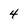
Character: 4